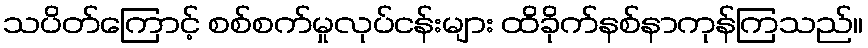
သပိတ်ကြောင့် စစ်စက်မှုလုပ်ငန်းများ ထိခိုက်နစ်နာကုန်ကြသည်။